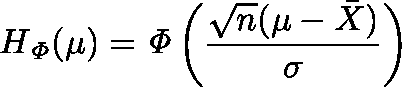
H _ { \mathit { \Phi } } ( \mu ) = { \mathit { \Phi } } \left( { \frac { { \sqrt { n } } ( \mu - { \bar { X } } ) } { \sigma } } \right)